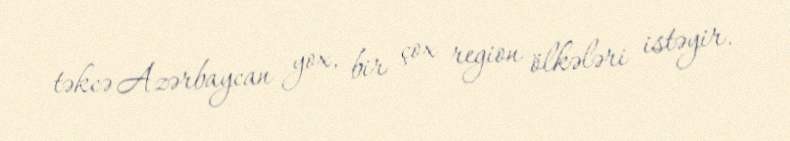
təkcə Azərbaycan yox, bir çox region ölkələri istəyir.